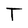
Character: T